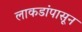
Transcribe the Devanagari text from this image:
लाकडांपासून